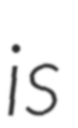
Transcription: is